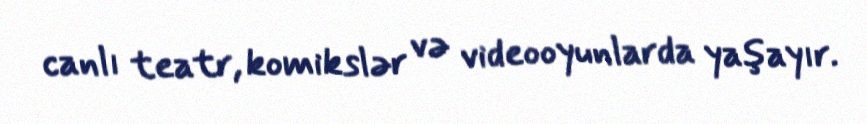
canlı teatr, komikslər və videooyunlarda yaşayır.